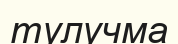
тулучма